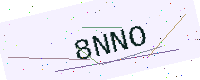
Text: 8NNO